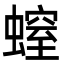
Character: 螲